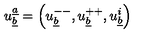
u _ { \underline { b } } ^ { \underline { a } } = \left( u _ { \underline { b } } ^ { -- } , u _ { \underline { b } } ^ { + + } , u _ { \underline { b } } ^ { i } \right)